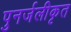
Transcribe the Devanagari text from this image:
पुनर्जलीकृत